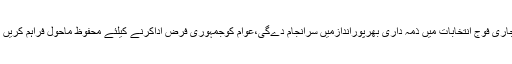
آئی ایس پی آرکا الیکشن میں فوج کےکردارسےمتعلق پروموجاری فوج انتخابات میں ذمہ داری بھرپوراندازمیں سرانجام دےگی،عوام کوجمہوری فرض اداکرنے کیلئے محفوظ ماحول فراہم کریں گے،الیکشن کمیشن نے آئین کےتحت معاونت حاصل کی ہے۔